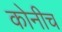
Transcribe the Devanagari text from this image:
कोनीच